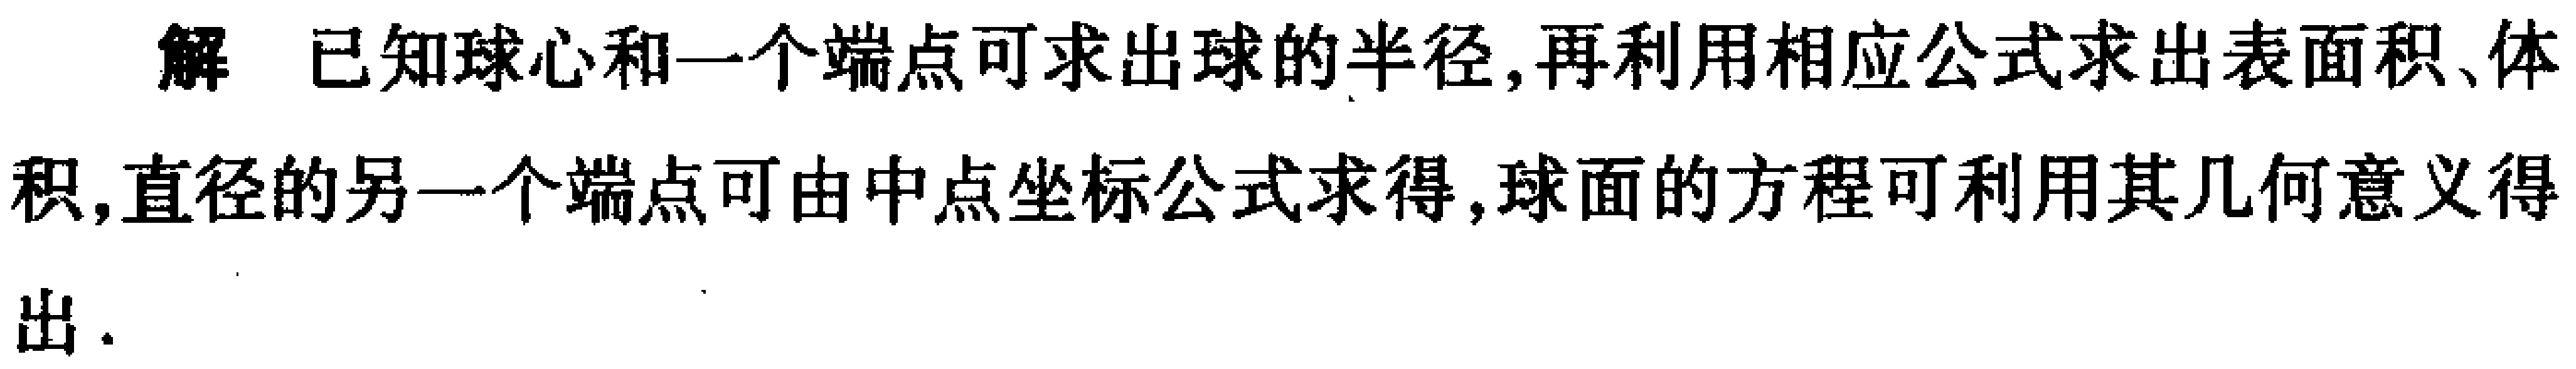
解 已知球心和一个端点可求出球的半径,再利用相应公式求出表面积、体积,直径的另一个端点可由中点坐标公式求得,球面的方程可利用其几何意义得出.